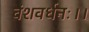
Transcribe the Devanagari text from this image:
वंशवर्धनः।।